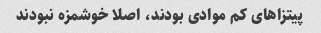
پیتزاهای کم موادی بودند، اصلا خوشمزه نبودند